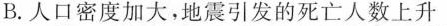
B.人口密度加大，地震引发的死亡人数上升